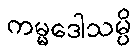
ကမ္မဒေါသမ္ပိ